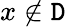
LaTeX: x\notin\mathtt{D}